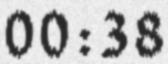
00:38